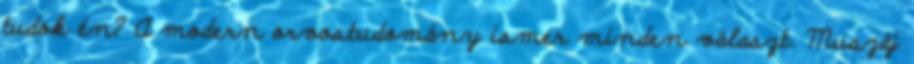
tudok én? A modern orvostudomány ismer minden választ. Muszáj